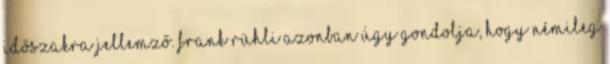
időszakra jellemző. Frank Rühli azonban úgy gondolja, hogy némileg